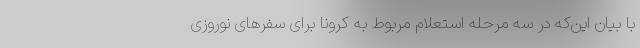
با بیان این‌که در سه مرحله استعلام مربوط به کرونا برای سفرهای نوروزی